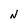
Character: N